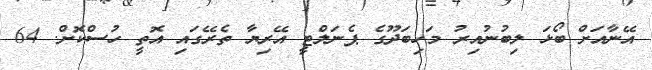
އޭނާއަށް ބޯޅަ ލިބުނުއިރު މަހިބަދޫގެ ޕެނަލްޓީ އޭރިޔާ ތެރޭގައި އޮތީ ހުސްކޮށް. 64